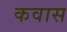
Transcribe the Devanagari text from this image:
कवास